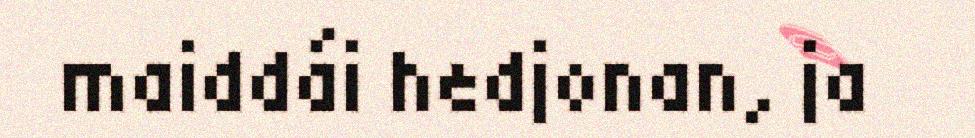
maiddái hedjonan, ja